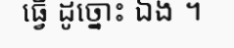
ធ្វើ ដូច្នោះ ឯង ។